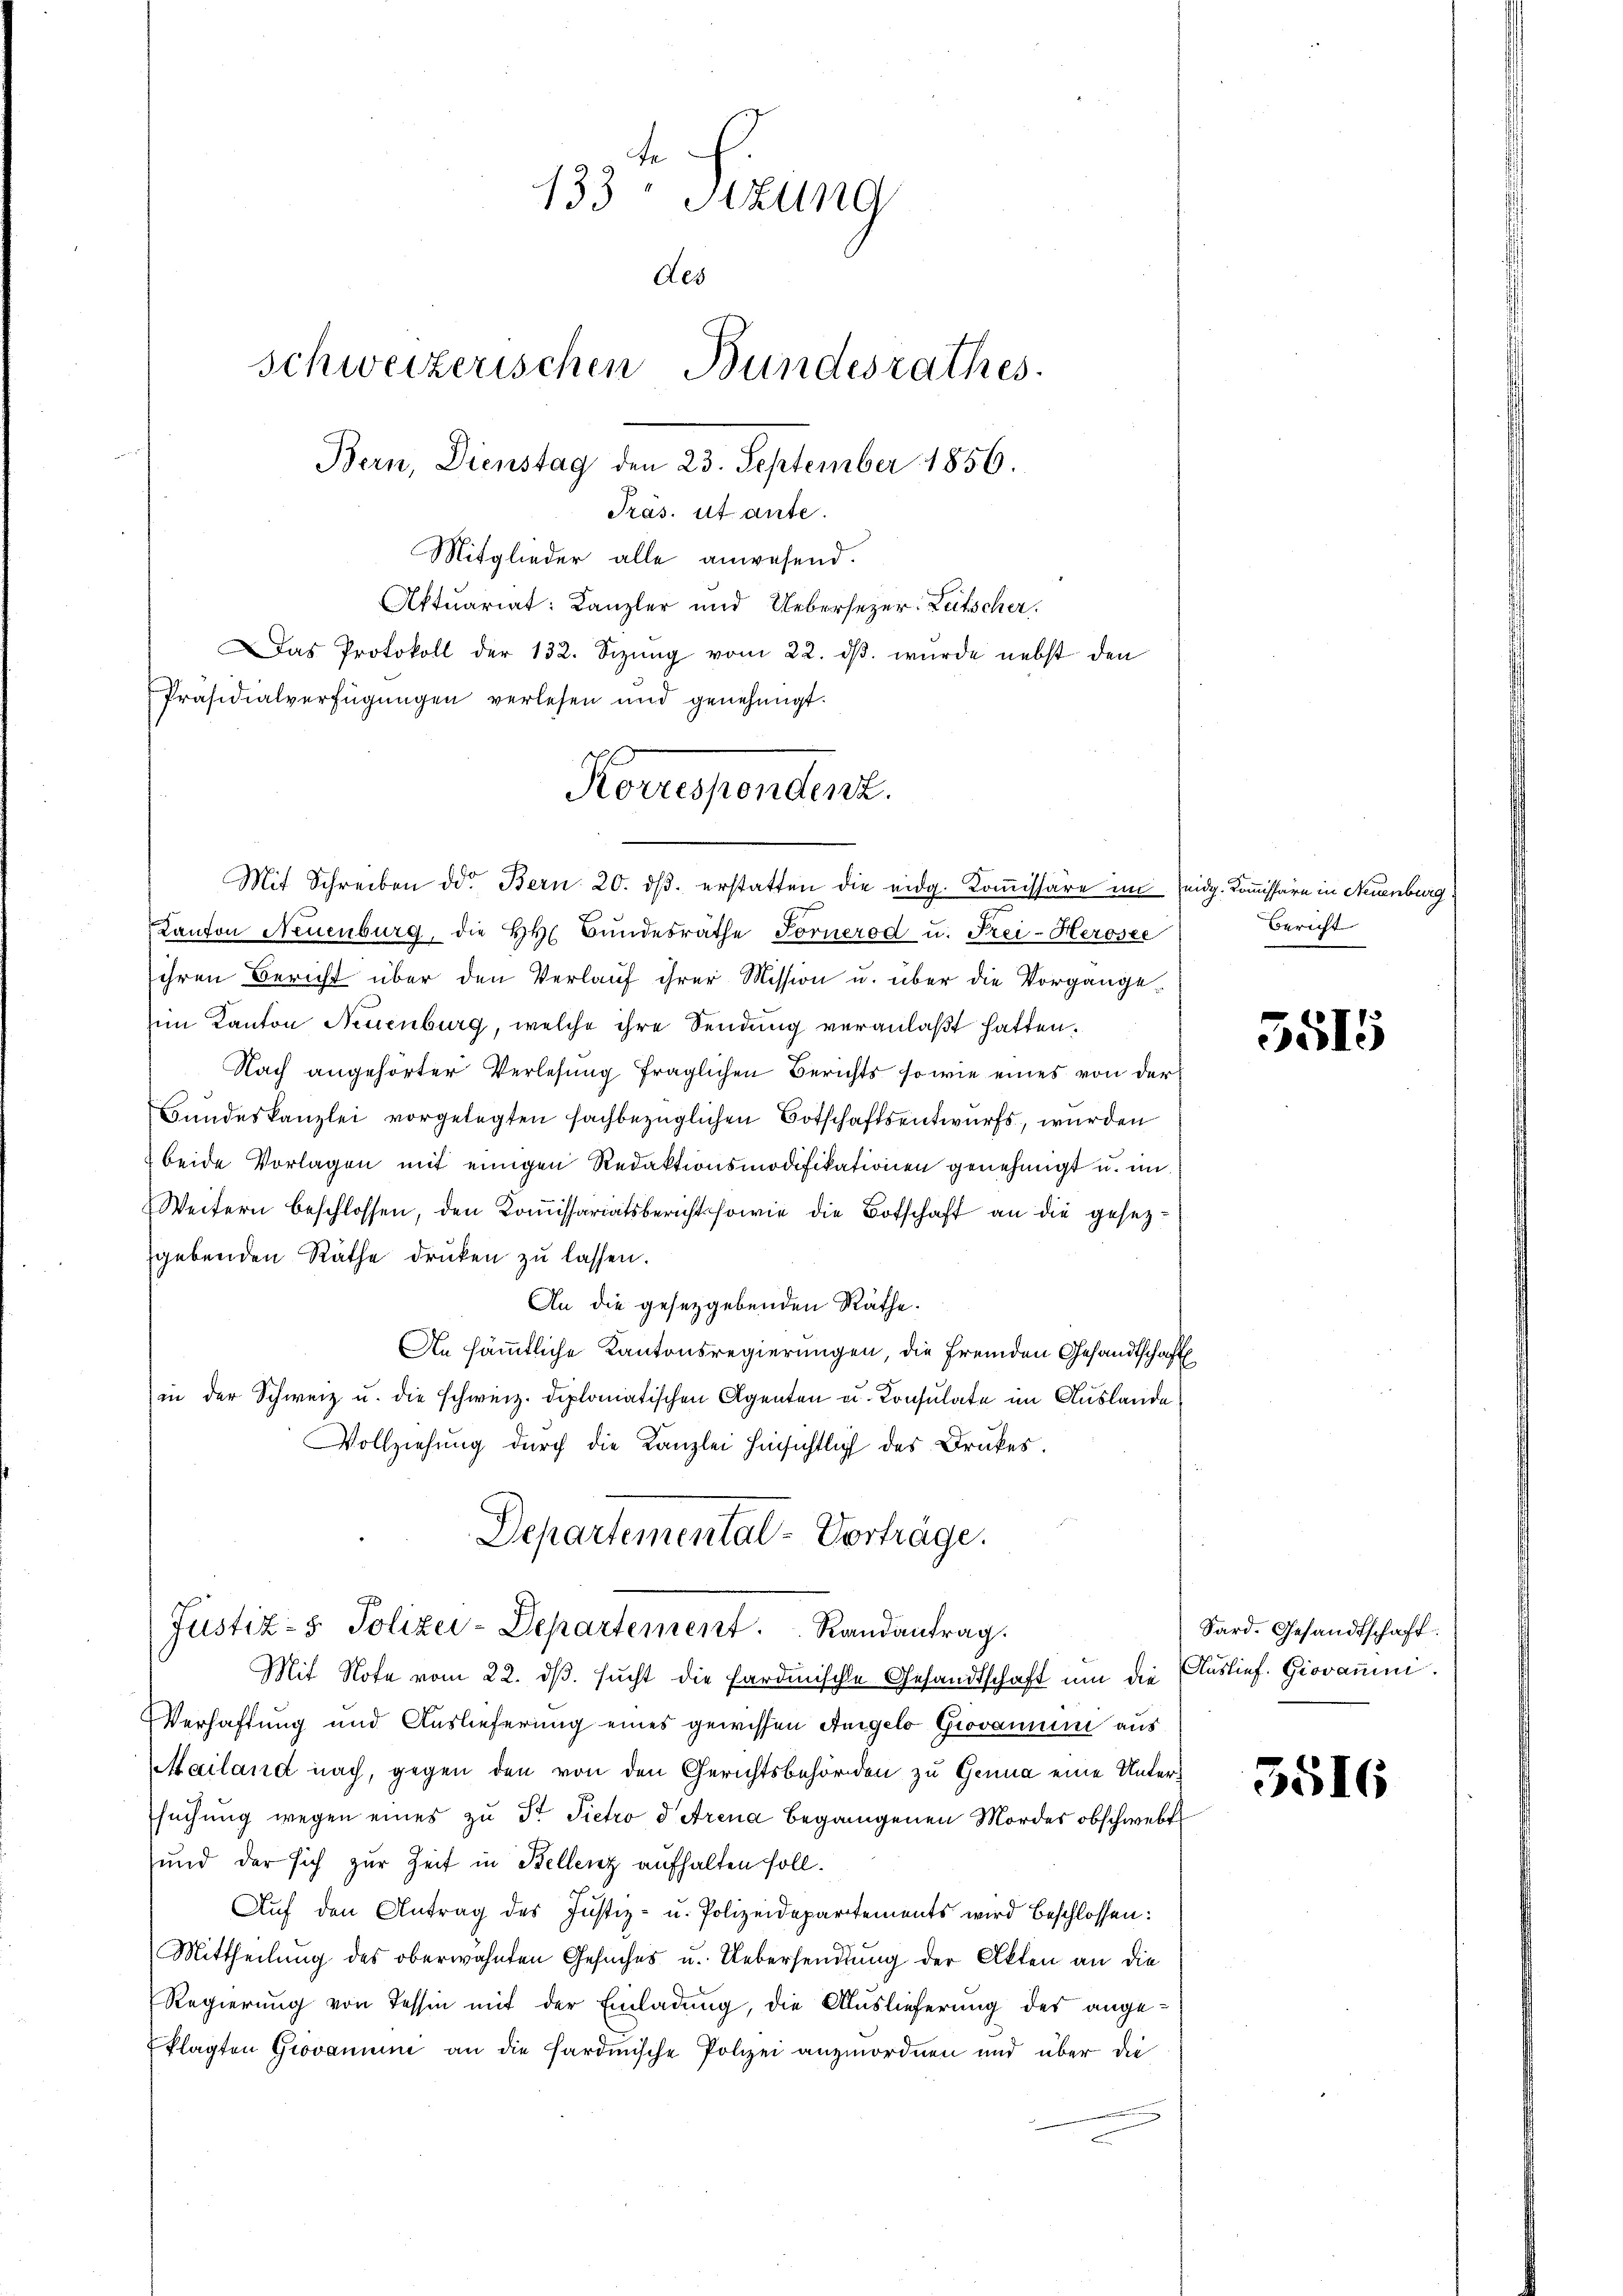
Mit Schreiben ddo. Bern 20. dβ. erstatten die eidg. Koṁissäre im eidg. Kommissäre in Neuenburg
Kanton Neuenburg, die h. Bŭndesräthe Fornerod u. Frei-Herosee
ihren Bericht über den Verlauf ihrer Mission u. über die Vorgangeim Kanton Neuenburg, welche ihre Sendung veranlaßt hatten.
Nach angehörter Verlesung fraglichen Berichts, so wie eines von der
Bundeskanzlei vorgelegten fachbezüglichen Botschaftsentwurfs, wurden
2 beide Vorlagen mit einigen Redaktionsmodifikationen genehmigt u. im
Weitern beschlossen, den Kommissariatsbericht sowie die Botschaft an die gesezsgebenden Räthe drucken zu lassen.
An die gesetzgebenden Räthe.
An sämmtliche Kantonsregierungen, die fremden Gesandtschaft
in der Schweiz u. die schweiz. diplomatischen Agenten u. Konsulate im Auslande
Vollziehung durch die Kanzlei hinsichtlich des Drakes.
Departemental-Vorträge.
Justiz- & Polizei-Departement. Randantrag.
Mit Note vom 22. dβ. sucht die Sardinische Gesandtschaft um die Auslief. Giovanni.
Verhaftung und Auslieferung eines gewissen Angelo Giovanum aus
Mailand nach, gegen den von den Gerichtsbehörden zu Genua eine Untersuchung wegen eines zu Dr. Pietro d Arena begangenen Mordes obschwebt
und der sich zur Zeit in Bellenz aufhalten soll.
Auf den Antrag des Justiz- u. Polizeidepartements wird beschlossen:
Mittheilung des oberwähnten Gesuches u. Uebersendung der Akten an die
Regierung von Tessin mit der Einladung, die Auslieferung der angeklagten Giovanum an die Hardmische Polizei anzuordnen und über die

133 Stzung
des
schweizerischen Bundesrathes
Bern, Dienstag den 23. September 1856.
Präs. ut ante.
Mitglieder alle anwesend.
Aktuariat: Kanzler und Uebersezer: Lütscher.
Das Protokoll der 132. Sizŭng vom 22. dβ. wurde nebst den
Präsidialverfügungen verlesen und genehmigt.

Koruspendant.

Bericht

3515

Sard. Gesandtschaft

5516